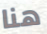
هنا